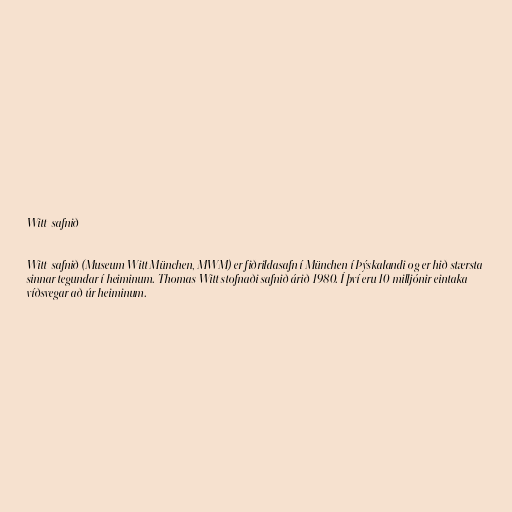
Witt-safnið

Witt-safnið (Museum Witt München, MWM) er fiðrildasafn í München í Þýskalandi og er hið stærsta
sinnar tegundar í heiminum. Thomas Witt stofnaði safnið árið 1980. Í því eru 10 milljónir eintaka
víðsvegar að úr heiminum.